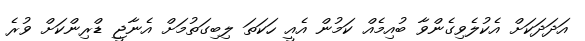
އަދަދަކަށް އެކުލެވިގެންވާ ބުއިމެއް ކަމުން އެއީ ހަކަތަ ލިބިގަތުމަށް އެނާޖީ ޑްރިންކަށް ވުރެ